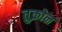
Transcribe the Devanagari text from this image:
तुक्रोन